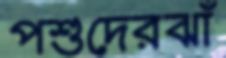
পশুদেরঝাঁ